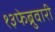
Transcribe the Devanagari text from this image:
१३फेब्रुवारी